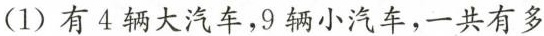
(1)有4辆大汽车，9辆小汽车，一共有多